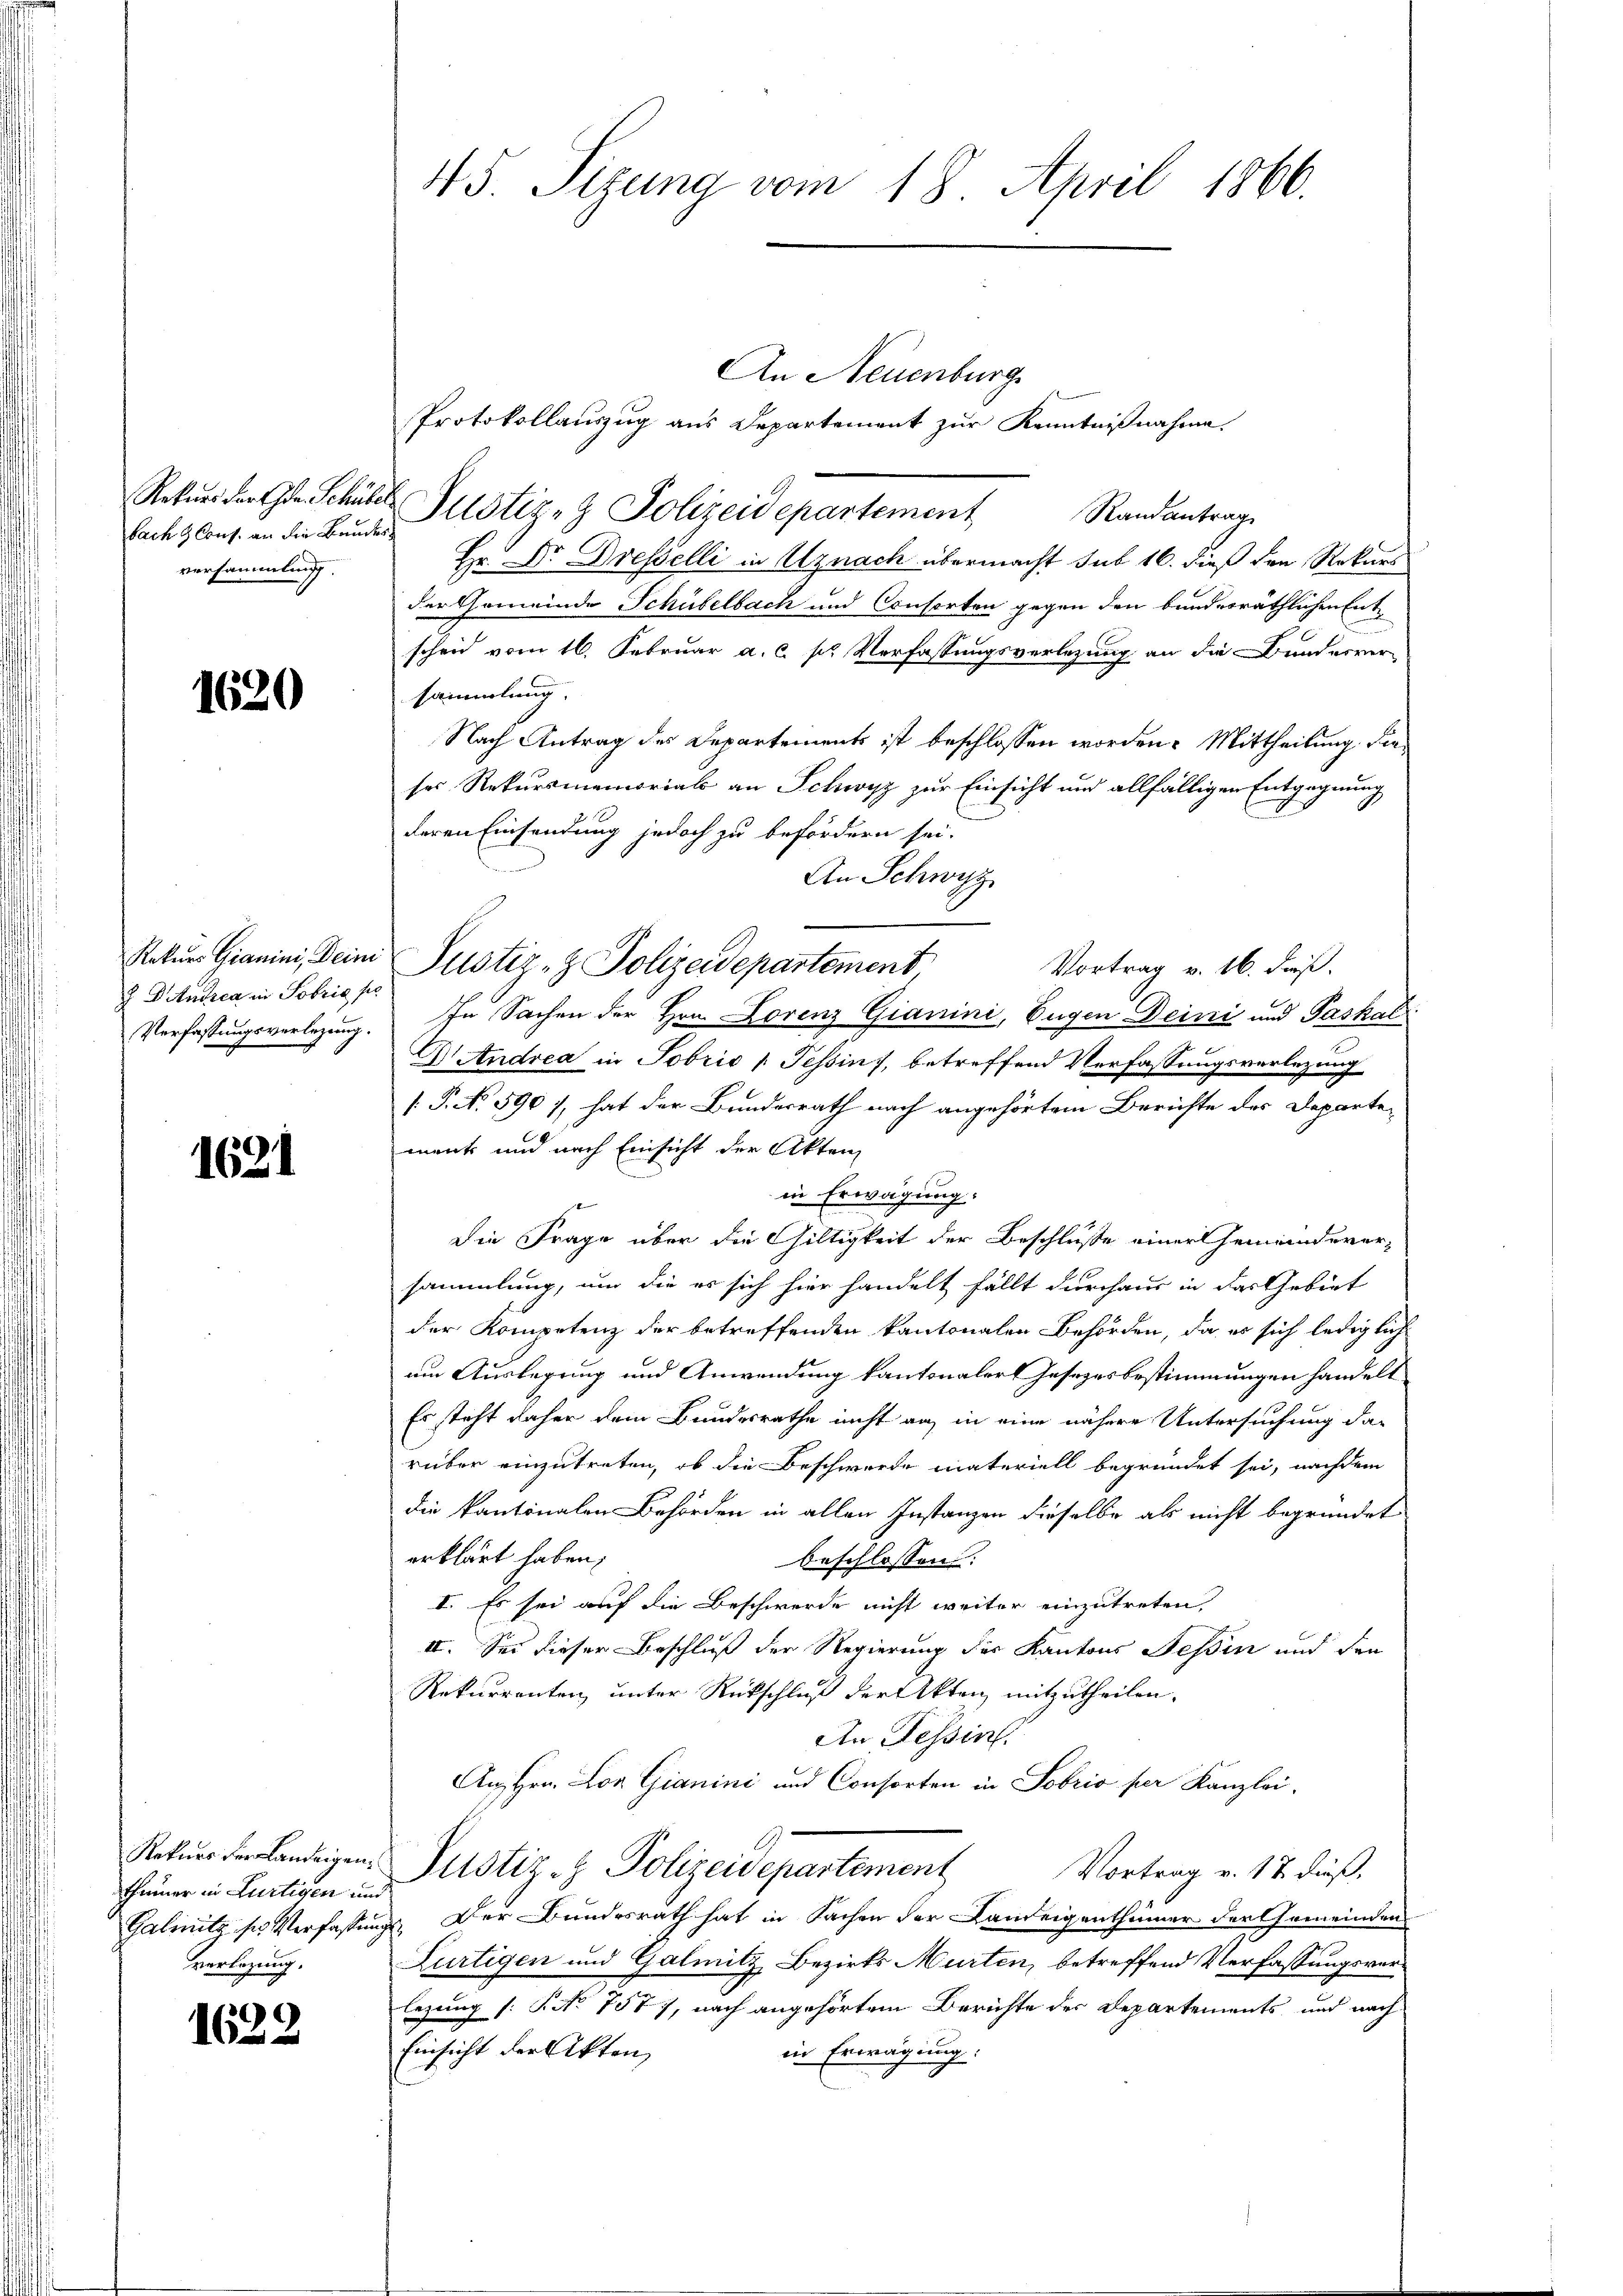
bach Cons. an die Bundesversammlung.

1620

Rekurs Granini, Dein
 Andrea in Sobris si
Verfassungsverlegung.

1621

Rekurs der Landeigen,
thümer in Lürtigen und
verlegung.

1622

45. Sizung vom 18. April 1866.

An Neuenburg
Protokollauszug aus Departement zur Kenntnißnahme.
Rekurs der Gen. Schüler Justiz- & Polizeidepartement
Randantrag
Hr. Dr. Dresselli in Uznach übermacht sub 16. dieß den Rekurs
der Gemeinde Schübelbach und Consorten gegen den bunderräthlichen Entscheid vom 16. Februar a. c. sr Verfassungsverlegung an die Bundesversammlung.
Nach Antrag des Departements ist beschlossen worden. Mittheilung dieses Rekursmemoriali an Schwyz zur Einsicht und allfälligen Entgegnung
deren Einsendung jedoch zu befördern sei.
An Schwyz
Justiz- & Polizeidepartement
Vortrag v. 16. dieß.
In Sachen der Hrn. Lorenz Gianini, Eugen Deini und Paskal
E. Andrea in Tobris /: Tessin, betreffend Verfassungsverlegung
[.P. No 590), hat der Bundesrath nach angehörtem Berichte des Departe-
ments und nach Einsicht der Akten

in Erwägung:
Die Frage über die Gültigkeit der Beschluße einer Gemeindeversammlung, um die es sich hier handelt fällt durchaus in das Gebiet
der Kompetenz der betreffenden kantonalen Behörden, da es sich lediglich
um Auslegung und Anwendung kantonalert Jesezesbestimmungen handelt
Es steht daher dem Bundesrathe nicht auf in eine nähere Untersuchung darüber einzutreten, ob die Beschwerde materiell begründet sei, nachdem
die kantonalen Behörden in allen Instanzen dieselbe als nicht begründet
erklärt haben;
beschlossen:
I. Es sei auf die Beschwerde nicht weiter einzutreten,
II. Sei dieser Beschluß der Regierung der Kantons Tessin und den
Rekurrenten, unter Rückschluß der Akten mitzutheilen.
An Tessin.
An Hrn. Lon Gianini und Consorten in Sobris per Kanzlei-
Justiz- & Polizeidepartement
Vortrag v. 17. dieß,
Galmitz ses Verfassungs. Der Bundesrath hat in Sachen der Landeigenthümer der Gemeinden
Lürtigen und Galmitz, Bezirks Murten, betreffend Verfassungsverlegung (: P. No. 757), nach angehörtem Berichte der Departements, und nach
Einsicht der Akten,
in Erwägung